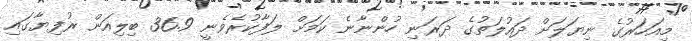
މިއަހަރުގެ ނިޔަލަށް ދައުލަތުގެ ދަރަނި ހުންނާނެ ކަމަށް ލަފާކުރެވެނީ 36.9 ބިލިއަން ރުފިޔާގައި